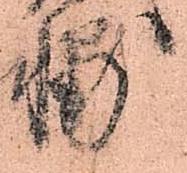
輔